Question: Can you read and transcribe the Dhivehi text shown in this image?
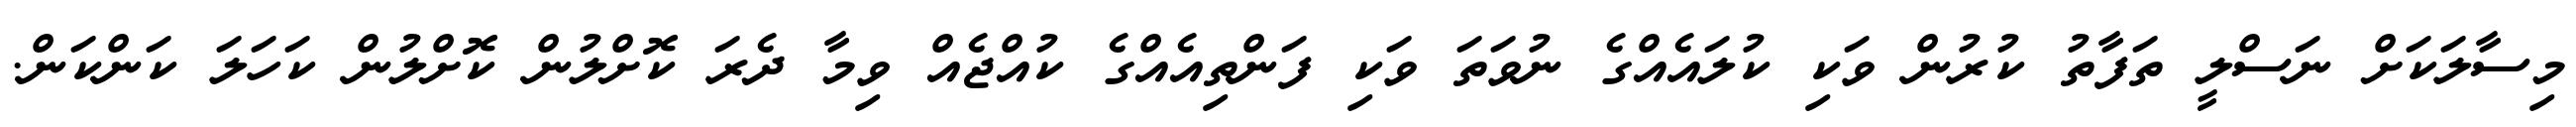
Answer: މިސާލަކަށް ނަސްލީ ތަފާތު ކުރުން ވަކި ކުލައެއްގެ ނުވަތަ ވަކި ފަންތިއެއްގެ ކުއްޖެއް ވިމާ ދެރަ ކޮށްލުން ކޮށްލުން ކަހަލަ ކަންކަން.